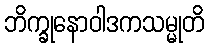
ဘိက္ခုနောဝါဒကသမ္မုတိ